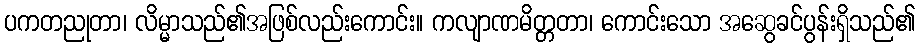
ပကတညုတာ၊ လိမ္မာသည်၏အဖြစ်လည်းကောင်း။ ကလျာဏမိတ္တတာ၊ ကောင်းသော အဆွေခင်ပွန်းရှိသည်၏